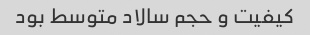
کیفیت و حجم سالاد متوسط بود